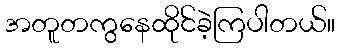
အတူတကွနေထိုင်ခဲ့ကြပါတယ်။